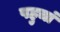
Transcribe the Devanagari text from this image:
पहुचां